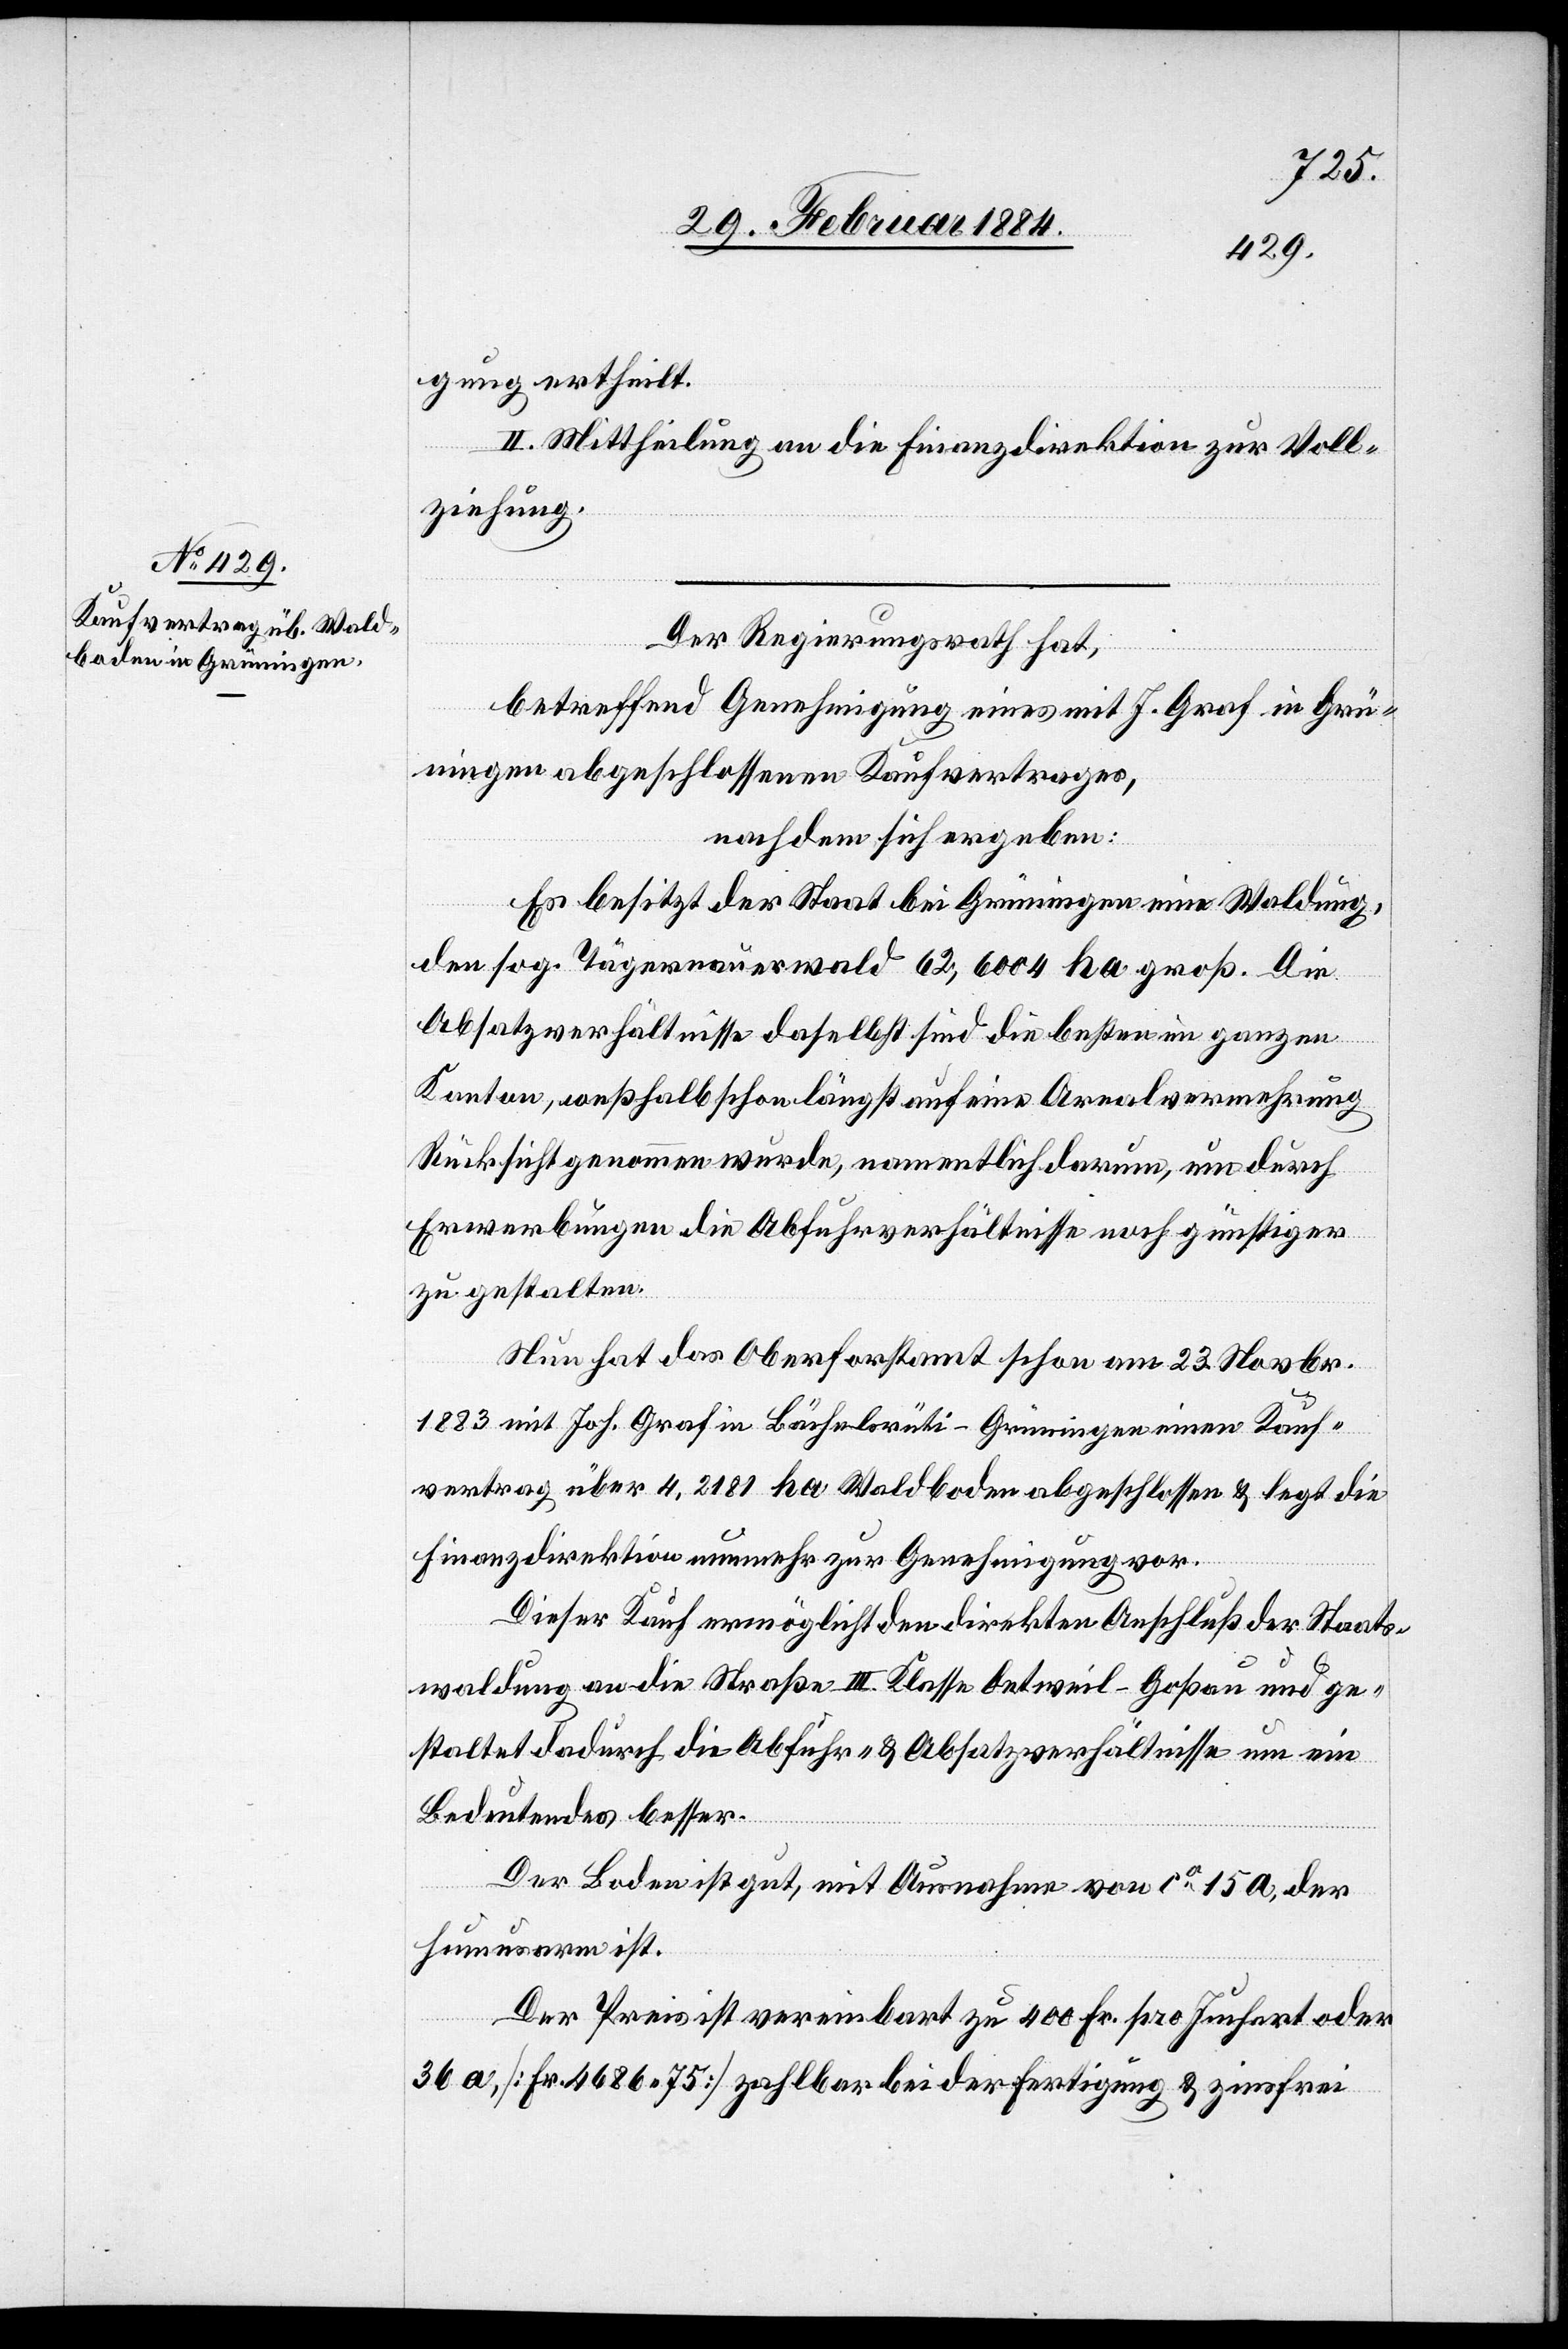
gung ertheilt.
II. Mittheilung an die Finanzdirektion zur Voll¬
ziehung.